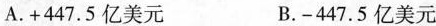
A.+447.5亿美元 B.-447.5亿美元